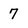
Character: 7